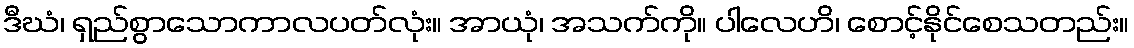
ဒီဃံ၊ ရှည်စွာသောကာလပတ်လုံး။ အာယုံ၊ အသက်ကို။ ပါလေဟိ၊ စောင့်နိုင်စေသတည်း။